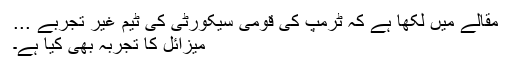
مقالے میں لکھا ہے کہ ٹرمپ کی قومی سیکورٹی کی ٹیم غیر تجربے ...
میزائل کا تجربہ بھی کیا ہے۔